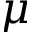
\mu